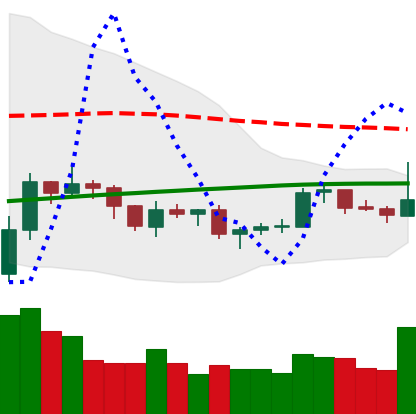
Ticker: LTC-USD
Chart end date: 2019-08-05
Forward return: -11.788%
Label: down_7plus